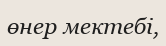
өнер мектебі,